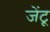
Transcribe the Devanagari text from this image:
जेंटू